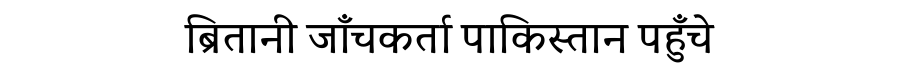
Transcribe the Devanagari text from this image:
ब्रितानी जाँचकर्ता पाकिस्तान पहुँचे